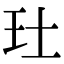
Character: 𤣰